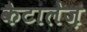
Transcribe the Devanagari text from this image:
कैटालेज़